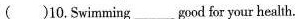
( )10.Swimming __ good for your health.